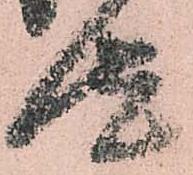
汰